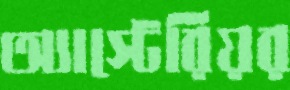
অ্যাস্টেরিয়র